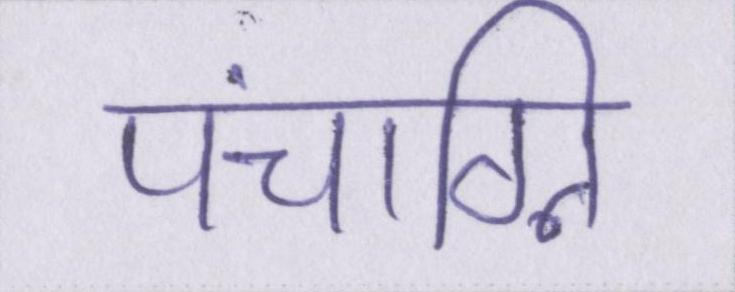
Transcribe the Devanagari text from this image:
पंचाग्नि